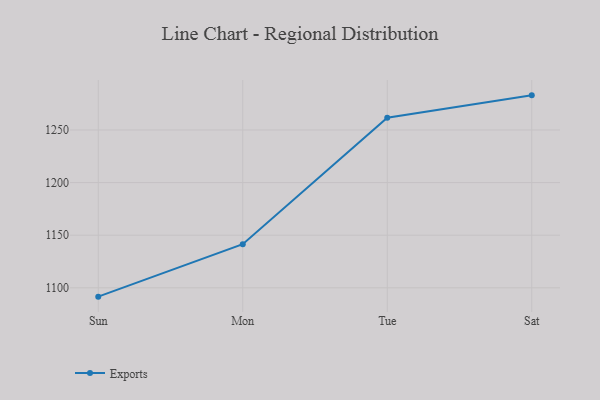
{"axis": {"x": "Day", "y": "Production Output"}, "legend": ["Exports"], "data": [{"x": "Sun", "y": 1091.6, "type": "Exports"}, {"x": "Mon", "y": 1141.5, "type": "Exports"}, {"x": "Tue", "y": 1261.6, "type": "Exports"}, {"x": "Sat", "y": 1282.9, "type": "Exports"}]}